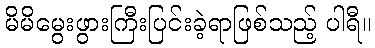
မိမိမွေးဖွားကြီးပြင်းခဲ့ရာဖြစ်သည့် ပါရီ။